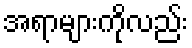
အရာများကိုလည်း